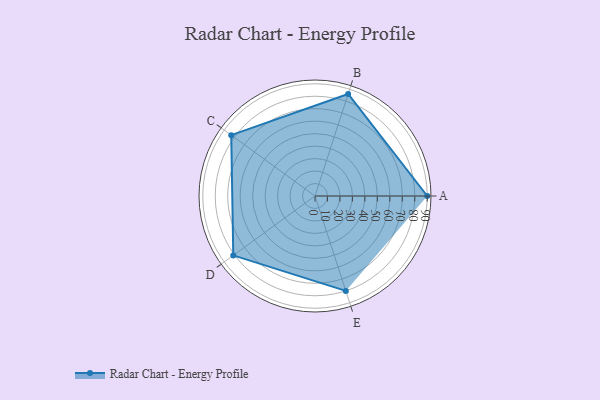
{"axis": {"x": "Skill", "y": "Score"}, "legend": ["Profile"], "data": [{"x": "A", "y": 90.0, "type": "Profile"}, {"x": "B", "y": 86.0, "type": "Profile"}, {"x": "C", "y": 83.0, "type": "Profile"}, {"x": "D", "y": 81.0, "type": "Profile"}, {"x": "E", "y": 80.0, "type": "Profile"}]}